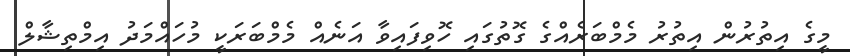
މީގެ އިތުރުން އިތުރު މެމްބަރެއްގެ ގޮތުގައި ހޮވިފައިވާ އަނެއް މެމްބަރަކީ މުހައްމަދު އިމްތިޝާލް